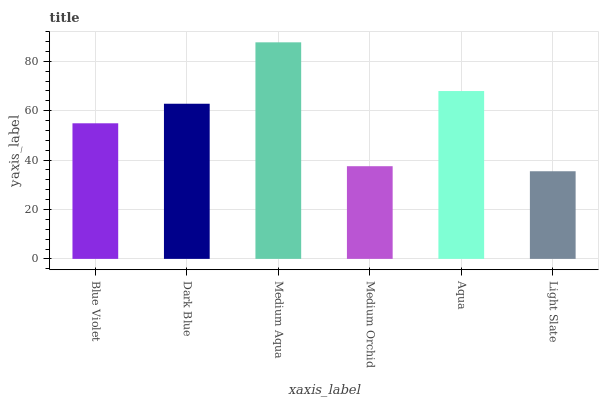
| xaxis_label | bars |
 | --- | --- |
 | Blue Violet | 54.9 |
 | Dark Blue | 62.8 |
 | Medium Aqua | 87.7 |
 | Medium Orchid | 37.5 |
 | Aqua | 68 |
 | Light Slate | 35.5 |